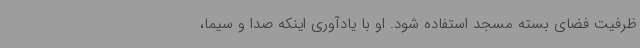
ظرفیت فضای بسته مسجد استفاده شود. او با یادآوری اینکه صدا و سیما،